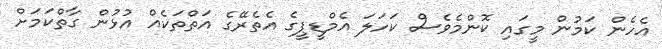
އެހެން ކަމުން މީގައި ކޮންމެވެސް ކަހަލަ އެމްޑީޕީގެ އެތެރޭގެ އަތްތަކެއް އުޅުން ގާތްކަމަށް